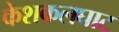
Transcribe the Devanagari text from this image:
केशकलघाट